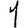
Digit: 1